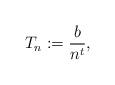
LaTeX: \begin{align*}{T_n} :=\frac{b}{n^{ t}}, \end{align*}